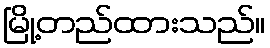
မြို့တည်ထားသည်။